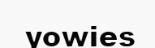
yowies